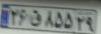
۲۶ق۸۵۵۲۹